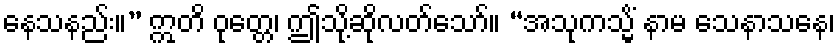
နေသနည်း။” ဣတိ ဝုတ္တေ၊ ဤသို့ဆိုလတ်သော်။ “အသုကသ္မိံ နာမ သေနာသနေ၊